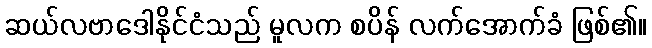
ဆယ်လဗာဒေါနိုင်ငံသည် မူလက စပိန် လက်အောက်ခံ ဖြစ်၏။